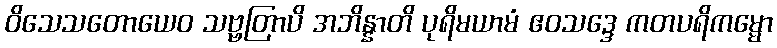
ဝိသေသတောယေဝ သဗ္ဗတြာပိ အဘိန္နာတိ ပုရိမယာမံ ဧဝသဒ္ဒေ ကတပရိကမ္မော